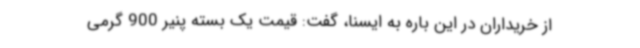
از خریداران در این باره به ایسنا، گفت: قیمت یک بسته پنیر 900 گرمی